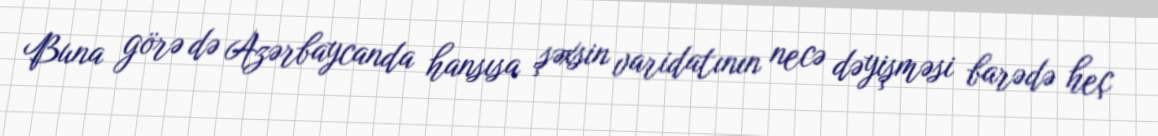
Buna görə də Azərbaycanda hansısa şəxsin varidatının necə dəyişməsi barədə heç